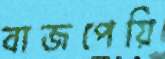
বাজপেয়ি